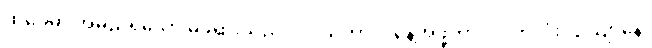
ထိုခေမာ အမည်ရှိသော မိဖုရားသည်။ ဒိဝသဘာဂံ၊ နေ့အဖို့ကာလပတ်လုံး။ ဥယျာနေ၊